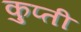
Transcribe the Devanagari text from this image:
कुप्ती